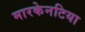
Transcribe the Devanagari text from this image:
मारकेनटिया